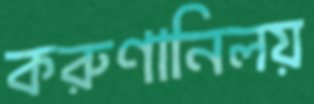
করুণানিলয়